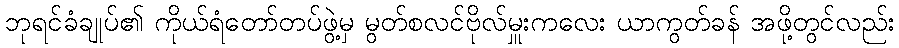
ဘုရင်ခံချုပ်၏ ကိုယ်ရံတော်တပ်ဖွဲ့မှ မွတ်စလင်ဗိုလ်မှူးကလေး ယာကွတ်ခန် အဖို့တွင်လည်း